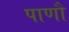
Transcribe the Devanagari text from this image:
पाणौ